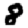
Digit: 8